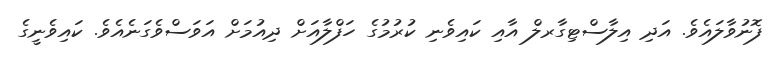
ފޮނުވާލައެވެ. އަދި އިލާސްޓިގާރލް އާއި ކައިވެނި ކުރުމުގެ ހަފްލާއަށް ދިއުމަށް އަވަސްވެގަނެއެވެ. ކައިވެނީގެ